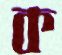
ক